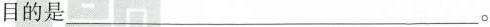
目的是___。